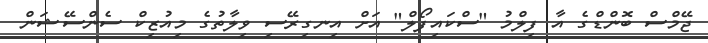
ޖޭމްސް ބޮންޑްގެ އާ ފިލްމު "ސްކައިފޯލް" އަށް އިނގިރޭސި ވިލާތުގެ މިއުޒިކް ސެންސޭޝަން